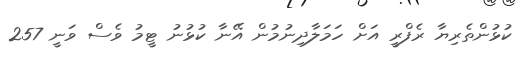
ކުޅުންތެރިޔާ ރެފްރީ އަށް ހަމަލާދިނުމުން އޭނާ ކުޅުނު ޓީމު ވެސް ވަނީ 257